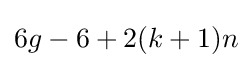
6g-6+2(k+1)n